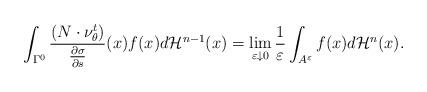
LaTeX: \begin{align*}\int_{\Gamma^0} \frac{(N\cdot \nu^t_{\theta})}{\frac{\partial\sigma}{\partial s}} (x) f(x) d\mathcal{H}^{n-1}(x) =\lim_{\varepsilon \downarrow 0} \frac 1\varepsilon \int_{A^{\varepsilon}} f(x) d\mathcal{H}^n(x).\end{align*}